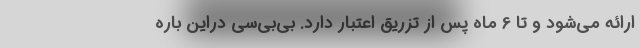
ارائه می‌شود و تا 6 ماه پس از تزریق اعتبار دارد. بی‌بی‌سی دراین باره